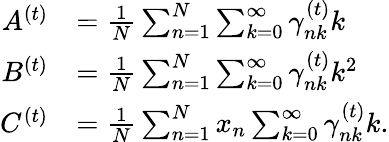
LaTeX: \begin{array}{rl}{A^{(t)}}&{=\frac{1}{N}\sum_{n=1}^{N}\sum_{k=0}^{\infty}\gamma_{nk}^{(t)}k}\\ {B^{(t)}}&{=\frac{1}{N}\sum_{n=1}^{N}\sum_{k=0}^{\infty}\gamma_{nk}^{(t)}k^{2}}\\ {C^{(t)}}&{=\frac{1}{N}\sum_{n=1}^{N}x_{n}\sum_{k=0}^{\infty}\gamma_{nk}^{(t)}k.}\end{array}